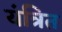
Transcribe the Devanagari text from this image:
यंत्रित